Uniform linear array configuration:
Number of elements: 16
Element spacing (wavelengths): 1
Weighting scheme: cosine
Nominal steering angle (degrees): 45
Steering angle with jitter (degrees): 45.545
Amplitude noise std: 0.05
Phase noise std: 0.05

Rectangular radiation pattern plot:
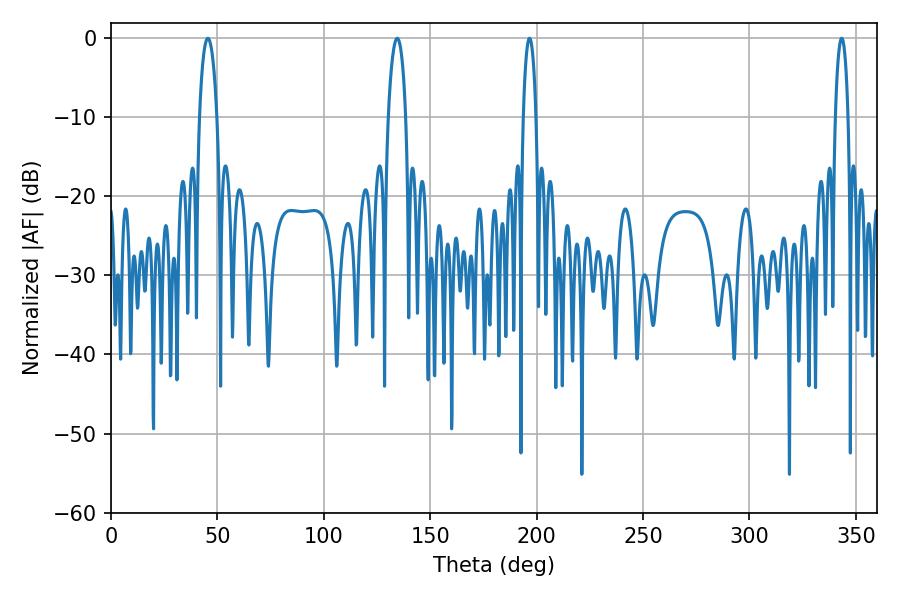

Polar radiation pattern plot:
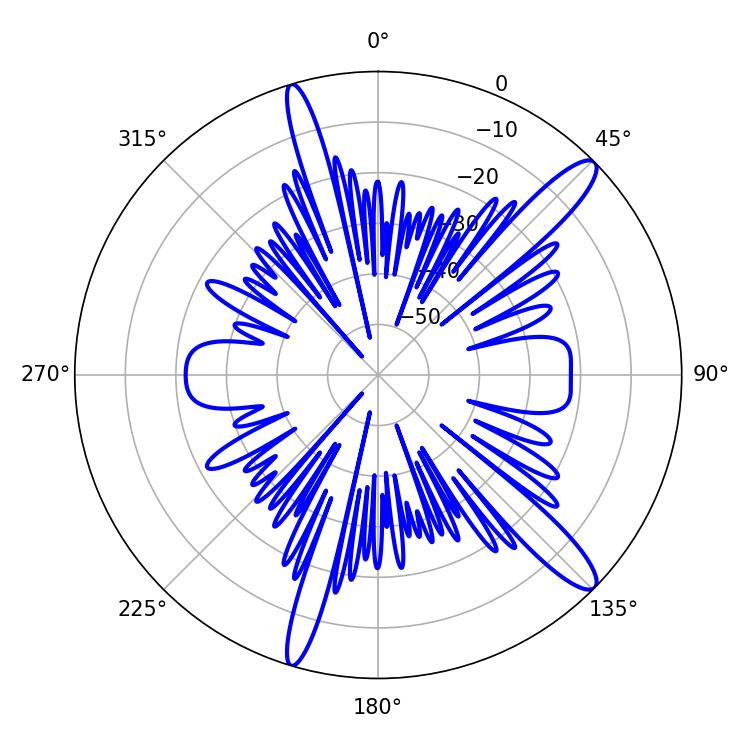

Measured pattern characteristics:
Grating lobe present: TRUE
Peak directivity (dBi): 13.448
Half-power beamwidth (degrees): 4.68
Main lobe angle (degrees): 45.54